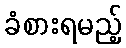
ခံစားရမည့်